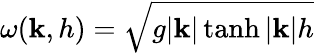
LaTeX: \omega(\mathbf{k},h)=\sqrt{g|\mathbf{k}|\operatorname{tanh}|\mathbf{k}|h}